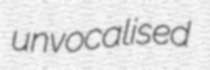
unvocalised